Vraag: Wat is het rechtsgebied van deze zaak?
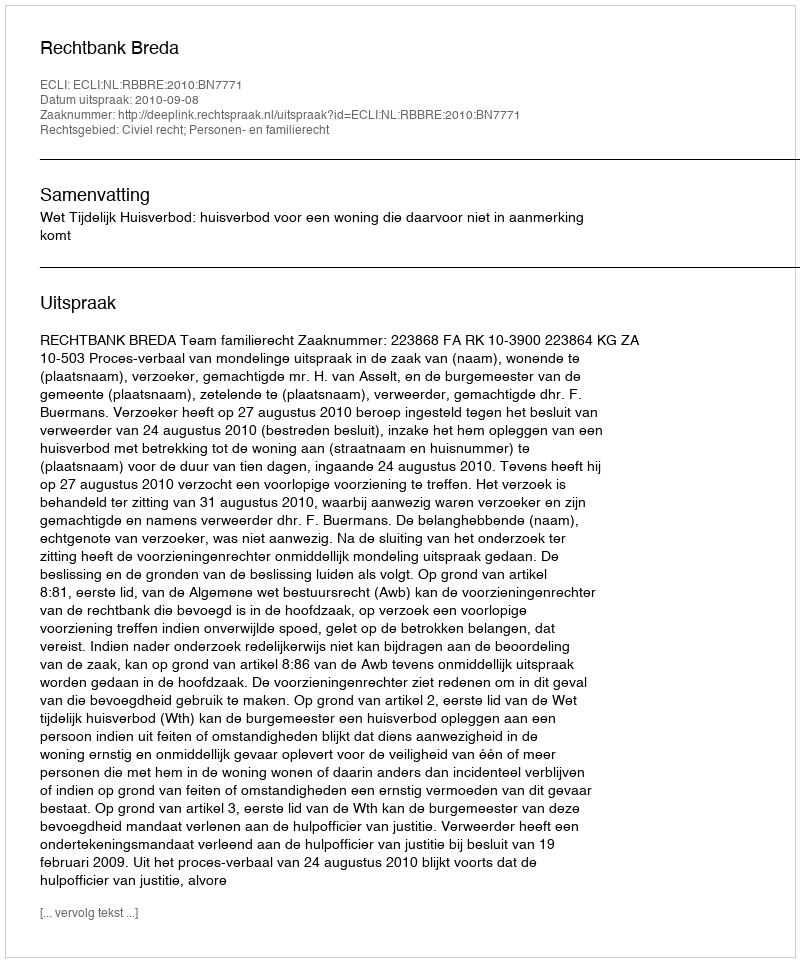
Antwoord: Civiel recht; Personen- en familierecht